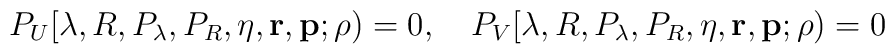
P_U[\lambda,R,P_\lambda,P_R,\eta,{\mathbf r},{\mathbf p};\rho) =  0,\quad P_V[\lambda,R,P_\lambda,P_R,\eta,{\mathbf r},{\mathbf  p};\rho) = 0